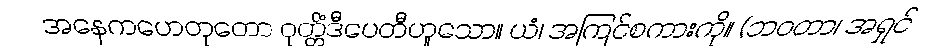
အနေကဟေတုတော ဝုတ္တိံဒီပေတီဟူသော။ ယံ၊ အကြင်စကားကို။ (ဘဝတာ၊ အရှင်